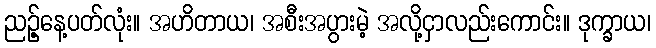
ညဉ့်နေ့ပတ်လုံး။ အဟိတာယ၊ အစီးအပွားမဲ့ အလို့ငှာလည်းကောင်း။ ဒုက္ခာယ၊